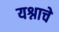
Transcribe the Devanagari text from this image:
यश्नाचे